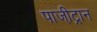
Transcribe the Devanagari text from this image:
पाजी़ट्रान